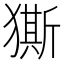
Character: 𭸨